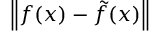
\left\| f ( x ) - { \tilde { f } } ( x ) \right\|